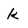
Character: k